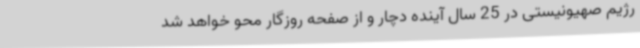
رژیم صهیونیستی در 25 سال آینده دچار و از صفحه روزگار محو خواهد شد